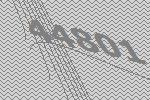
44801